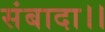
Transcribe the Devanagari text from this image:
संबादा।।